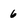
Character: 6